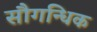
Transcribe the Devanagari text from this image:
सौगन्धिक